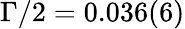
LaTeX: \Gamma/2=0.036(6)